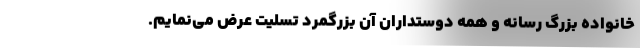
خانواده بزرگ رسانه و همه دوستداران آن بزرگمرد تسلیت عرض می‌نمایم.